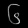
Digit: ၆